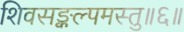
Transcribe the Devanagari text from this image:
शिवसङ्कल्पमस्तु॥६॥